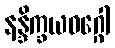
နန္ဒိက္ခယဝဂ္ဂေါ